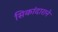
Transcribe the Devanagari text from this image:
सिकांदाराने